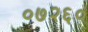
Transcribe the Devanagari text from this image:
०७२६०